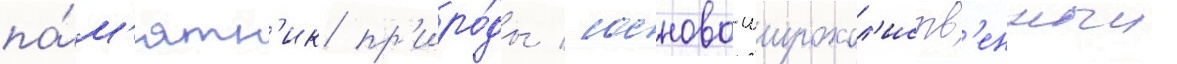
па́м'ятн'ик пр'иро́ды / сосново-широкол'иств'енныи